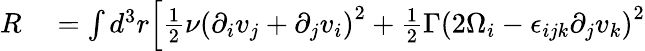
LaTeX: \begin{array}{rl}{R}&{{}=\int d^{3}r\Big[\frac{1}{2}\nu\left(\partial_{i}v_{j}+\partial_{j}v_{i}\right)^{2}+\frac{1}{2}\Gamma\left(2\Omega_{i}-\epsilon_{ijk}\partial_{j}v_{k}\right)^{2}}\end{array}